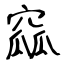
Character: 窳